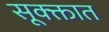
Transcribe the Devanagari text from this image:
सूक्क्तात